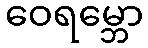
ဝေရမ္ဘော